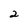
Character: 2